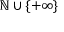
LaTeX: \mathbb { N } \cup \lbrace + \infty \rbrace